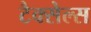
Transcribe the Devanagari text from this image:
टैक्सेल्स